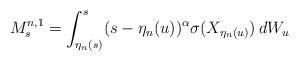
LaTeX: \begin{align*} M^{n,1}_s=\int^s_{\eta_n(s)}(s-\eta_n(u))^{\alpha}\sigma(X_{\eta_n(u)})\,dW_u \end{align*}